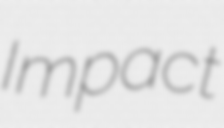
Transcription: Impact